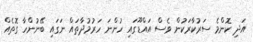
އަދި ކޮންމެ ސަރުކާރަކުން ވެސް އައްޑޫގައި ހުންނަ ހަރުމުދާތައް ނަގައި ބޭނުންހާ ގޮތެއް